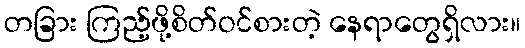
တခြား ကြည့်ဖို့စိတ်ဝင်စားတဲ့ နေရာတွေရှိလား။